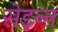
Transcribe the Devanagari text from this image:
सेइन्त